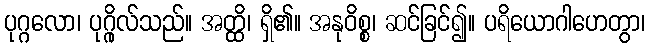
ပုဂ္ဂလော၊ ပုဂ္ဂိုလ်သည်။ အတ္ထိ၊ ရှိ၏။ အနုဝိစ္စ၊ ဆင်ခြင်၍။ ပရိယောဂါဟေတွာ၊